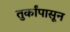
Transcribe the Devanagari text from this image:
तुर्कांपासून